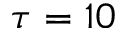
\tau = 1 0